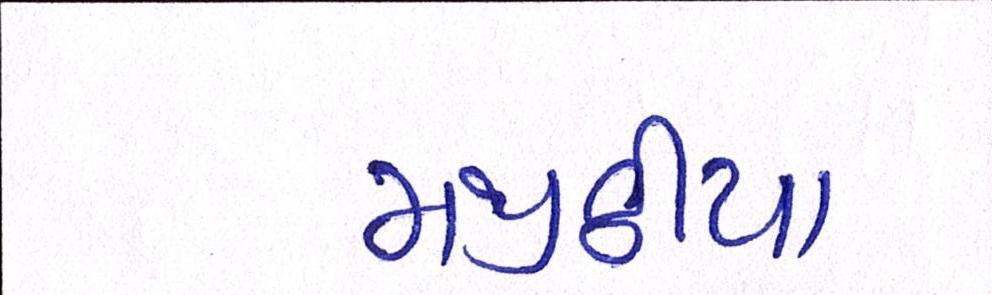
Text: મજીઠીયા